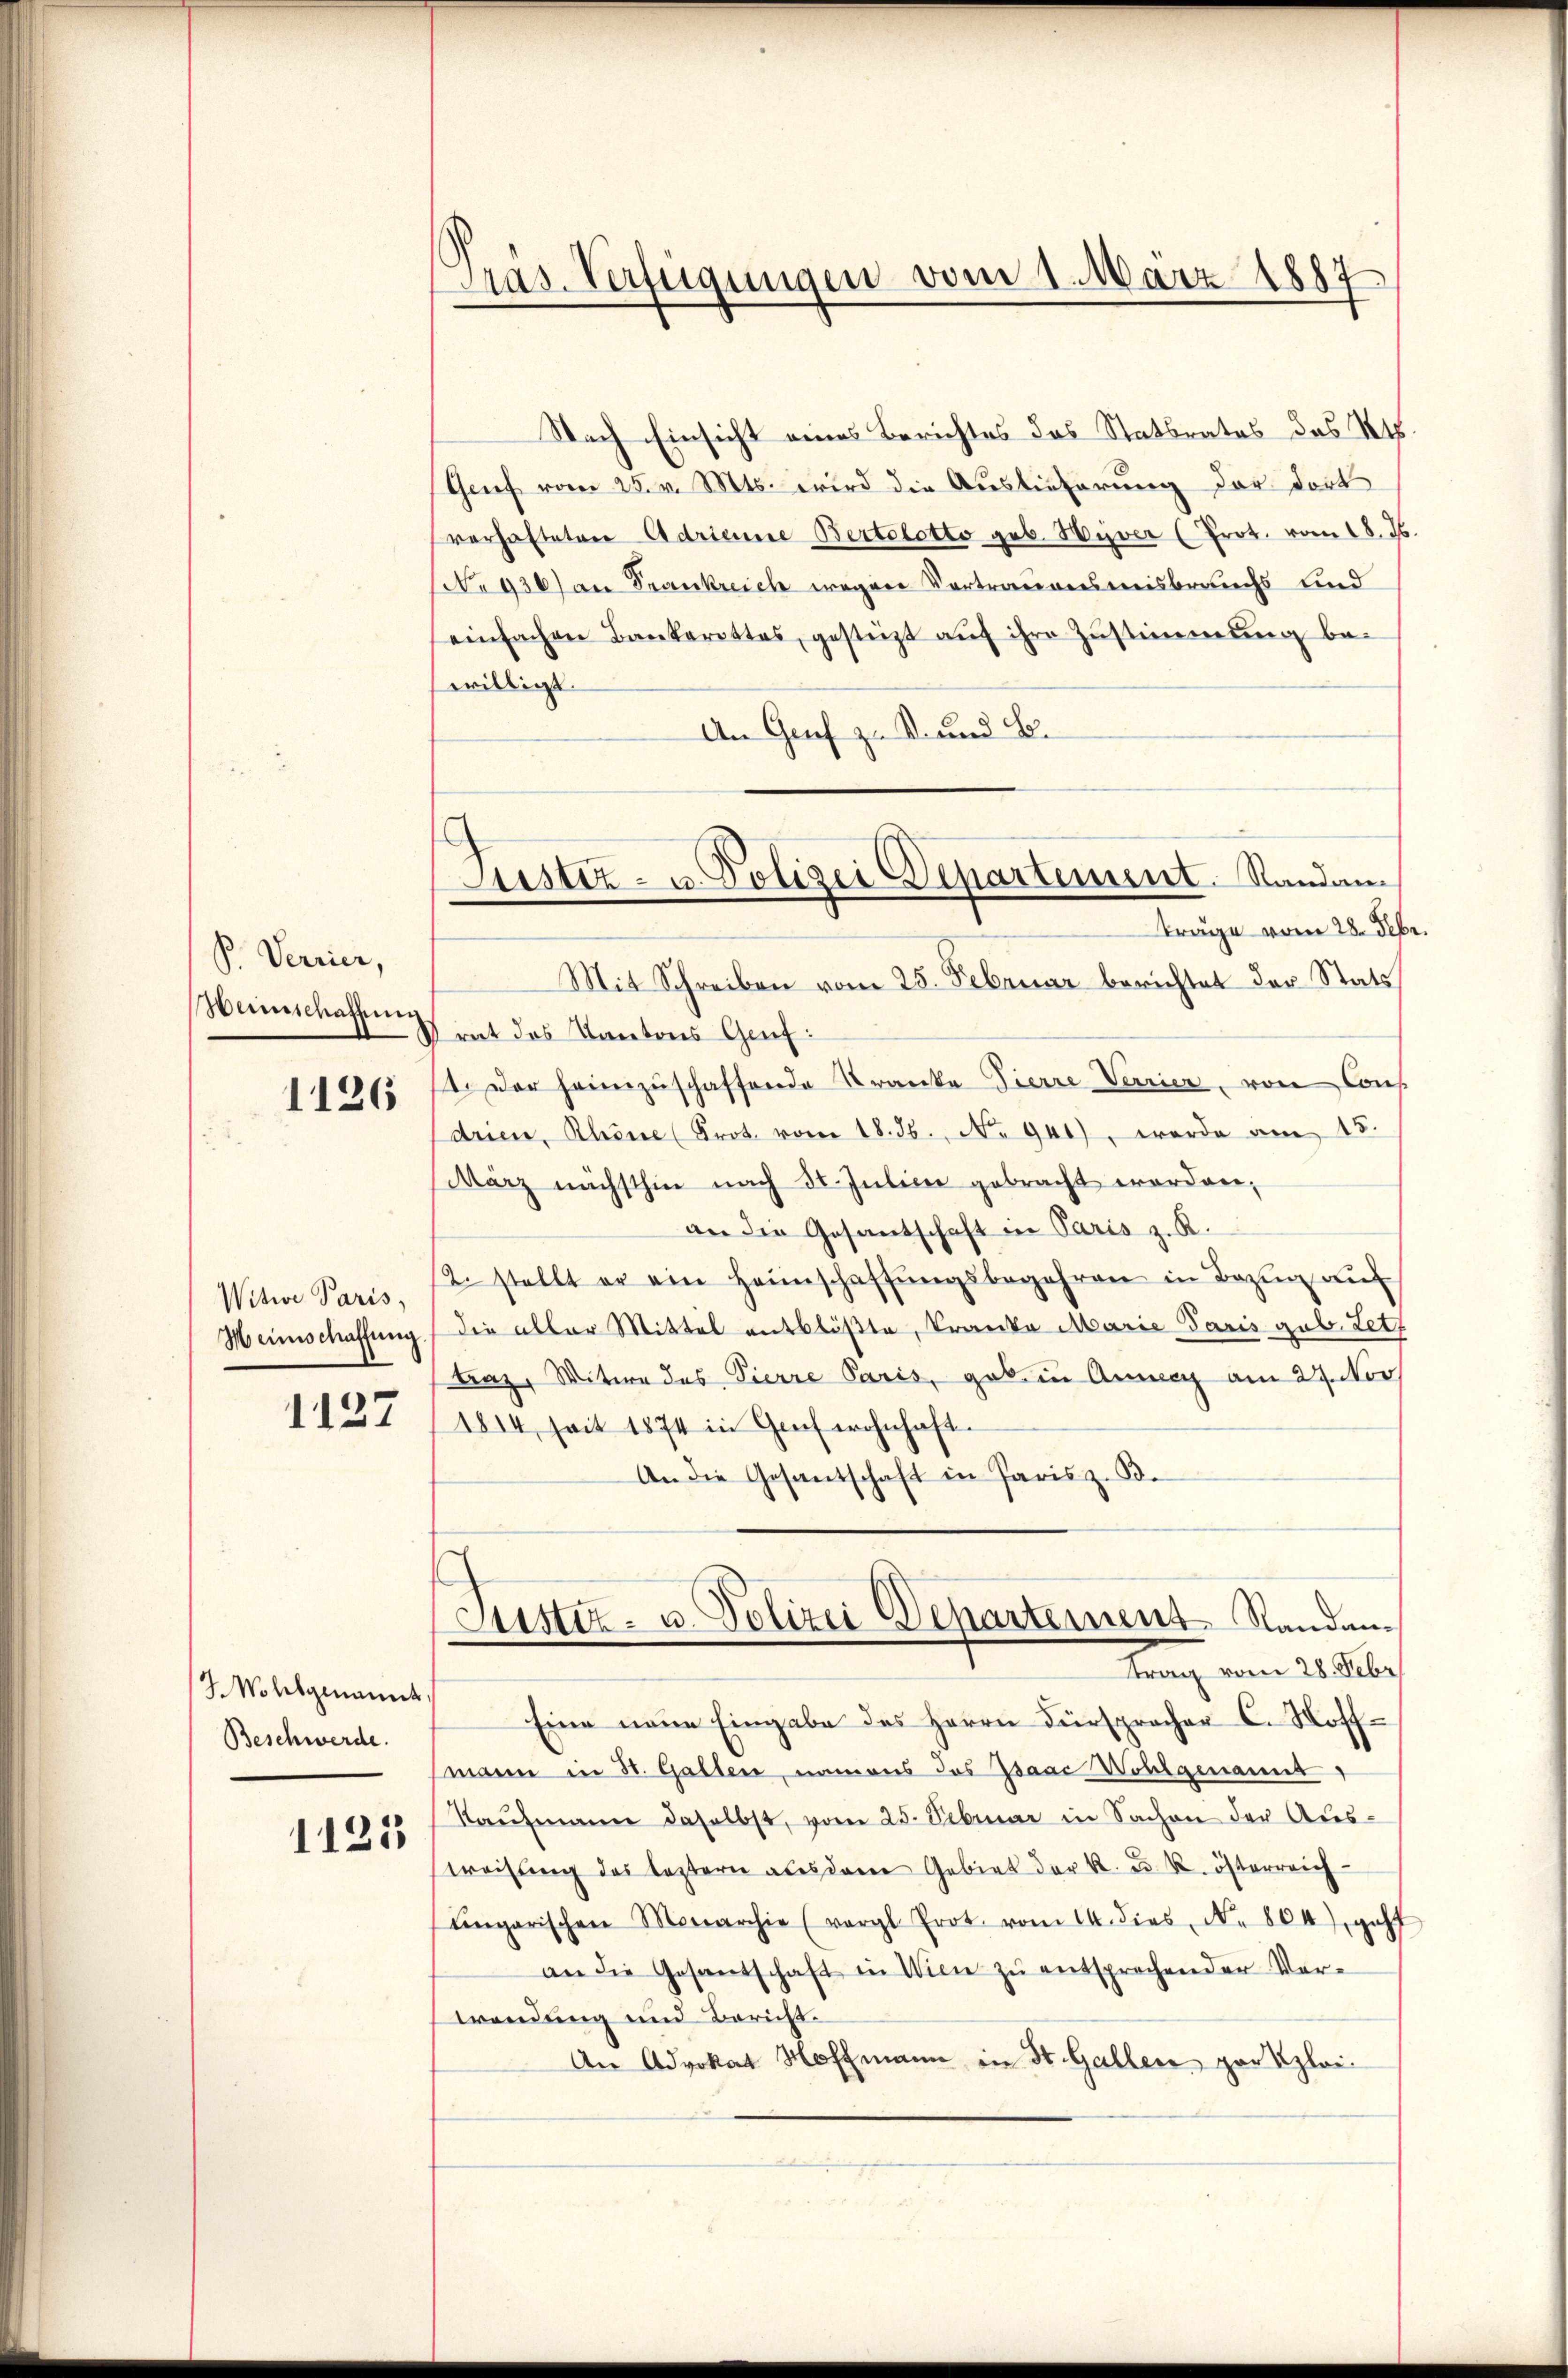
P. Verrier,
Wunschaffung
)
1126

Witwe Paris,
Meinschaffung.

1127

7 Wohlgenannt
Beschwerde.

1125

Präs. Verfügungen vom 1. März 1887

Justiz- u. Polizei Departement. Randan
Träge vom 28. Febr

Nach Einsicht eines Berichtes das Statbrates des Kts.
Grief vom 25. v. Mts. wird die Auslieferung der dort
verhafteten Adrianne Bertolotto geb. Hiver (Prot. vom 18. ds.
No 930) an Frankreich wegen Vortrauensmisbrauchs und
einfachen Bankarottes, gesteht aŭf ihre Zŭstimmung be-
willigt.
An Graf zu S. und B.
Mit Schreiben vom 25. Februar berichtet der Stats
rat das Kantons Genf:
1. Der heimzuschaffende Kranke Tierre Verrier, von Cons.
drien, Rhine (Prot. vom 18. 36. No. 941), werde am 15.
März nächsthin nach 30. Julier gebracht worden,
an die Gesantschaft in Paris z. R.
2. stellt er ein Heimschaffŭngsbegehren in Bezŭg aŭf
die aller Mittel entblößte, Kranke Marie Paris geb. Letz
Fraz, Witwe des Pierre Paris, geb. in Anneeg am 27. Nov.
1814, seit 1874 in Graf wohnhaft.
An die Gesantschaft in Paris z. B.
Justiz- u. Polizei Departement Randan
trang vom 20 Febr
Eine neue Eingabe des Herrn Fürsprocher C. Hoffsmann in St. Gallen, namens das Isaac Wohlgenannt
Kaŭfmann daselbst, vom 25. Februar in Sachen der Aus-
weisung des leztern als dem Gebiet der k. u. k. österreich
engarischen Monarchia (vergl. Prot. vom 14. dies N. 804), geht
an die Gesandschaft in Wien zŭ entsprechender Ver-
wendung und Bericht¬
An Advokat Hoffmann in St. Gallen par Klei¬
.